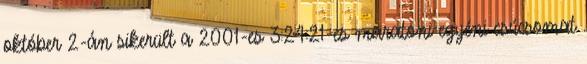
október 2-án sikerült a 2001-es 3:24:21-es maratoni egyéni csúcsomat